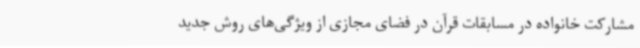
مشارکت خانواده در مسابقات قرآن در فضای مجازی از ویژگی‌های روش جدید